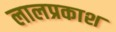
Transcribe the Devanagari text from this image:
लालप्रकाश